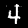
Digit: 4